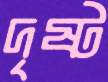
দৃষ্ট